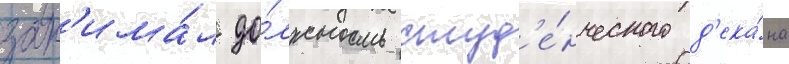
зан'има́л до́лжность студ'е́нческого д'ека́на